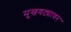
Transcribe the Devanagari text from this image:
मुखवट्यावर